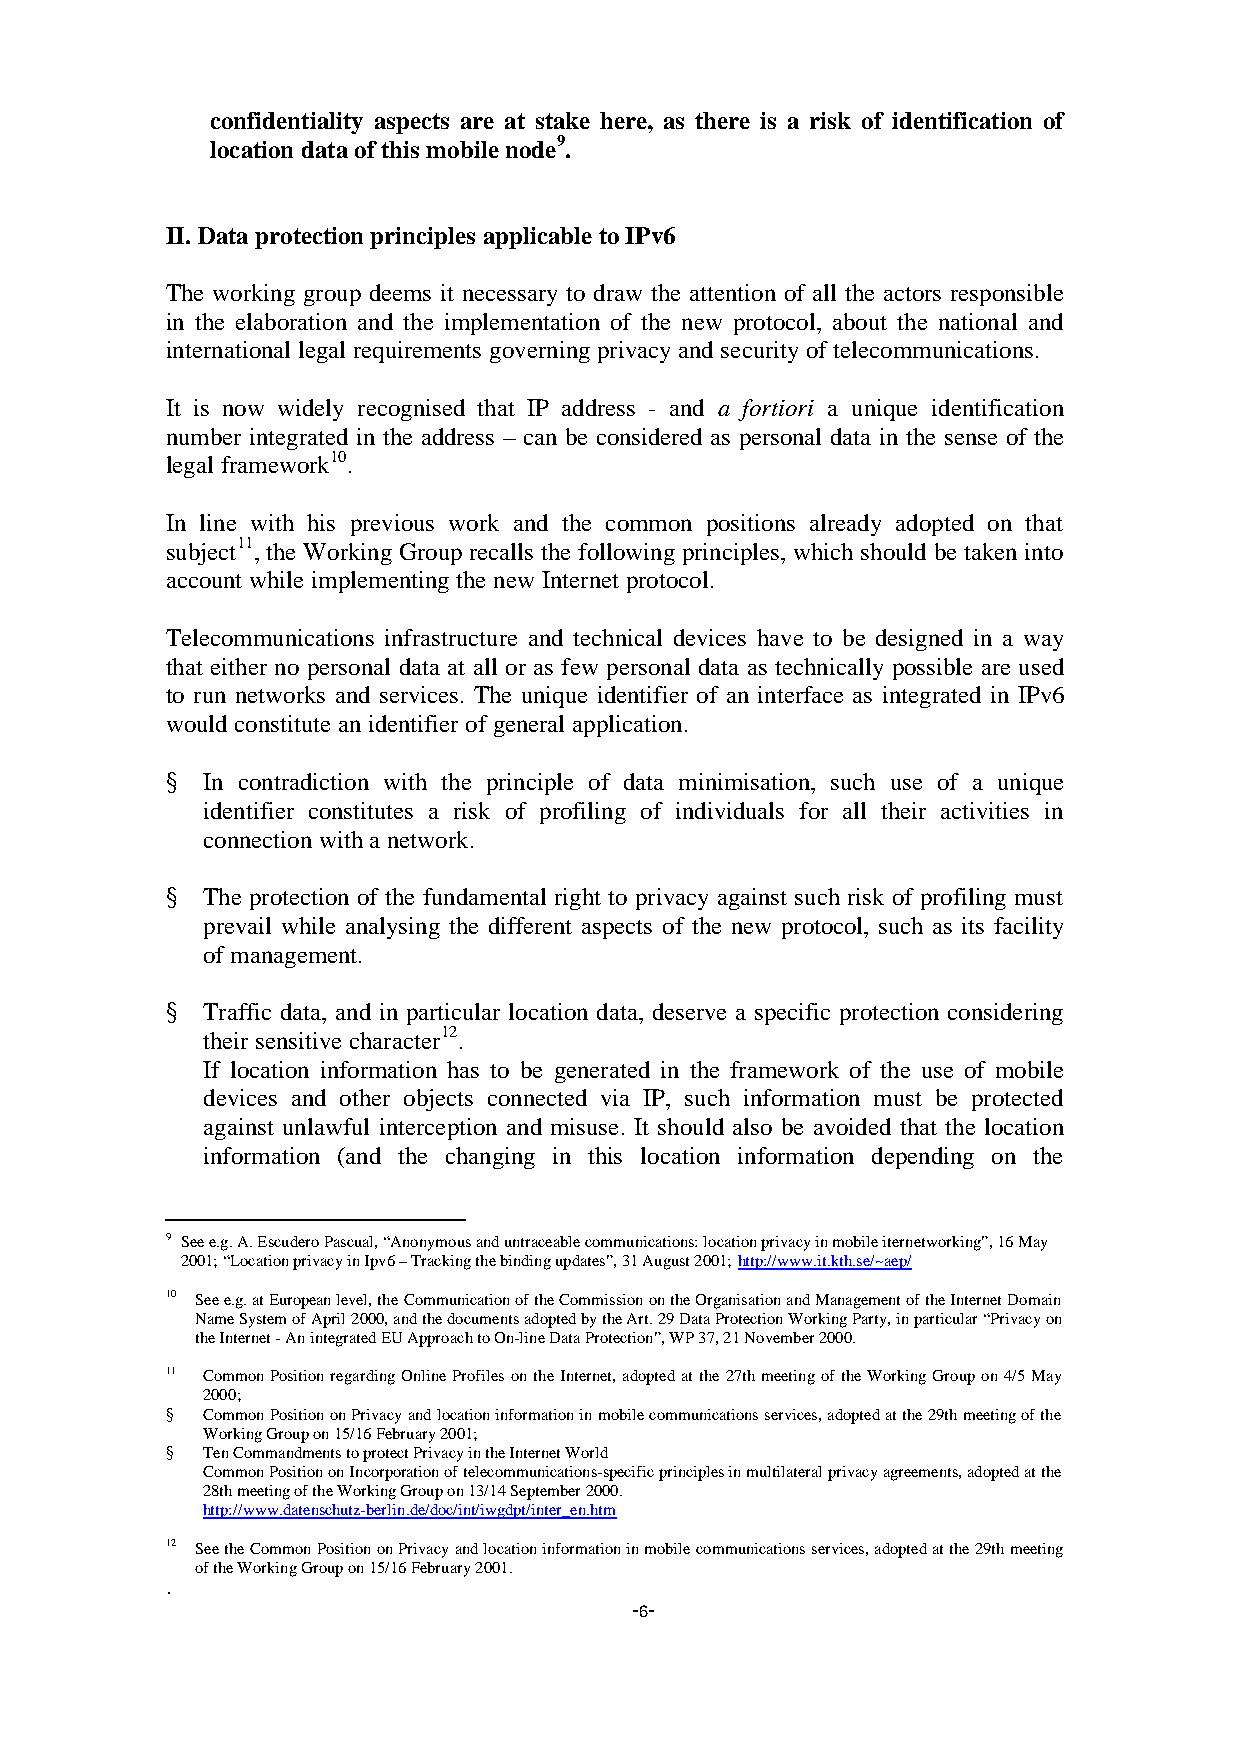
confidentiality aspects are at stake here, as there is a risk of identification of
 location data of this mobile node9.
 II. Data protection principles applicable to IPv6
 The working group deems it necessary to draw the attention of all the actors responsible
 in the elaboration and the implementation of the new protocol, about the national and
 international legal requirements governing privacy and security of telecommunications.
 It is now widely recognised that IP address - and a fortiori a unique identification
 number integrated in the address – can be considered as personal data in the sense of the
 legal framework10.
 In line with his previous work and the common positions already adopted on that
 subject11, the Working Group recalls the following principles, which should be taken into
 account while implementing the new Internet protocol.
 Telecommunications infrastructure and technical devices have to be designed in a way
 that either no personal data at all or as few personal data as technically possible are used
 to run networks and services. The unique identifier of an interface as integrated in IPv6
 would constitute an identifier of general application.
 § In contradiction with the principle of data minimisation, such use of a unique
 identifier constitutes a risk of profiling of individuals for all their activities in
 connection with a network.
 § The protection of the fundamental right to privacy against such risk of profiling must
 prevail while analysing the different aspects of the new protocol, such as its facility
 of management.
 § Traffic data, and in particular location data, deserve a specific protection considering
 their sensitive character12.
 If location information has to be generated in the framework of the use of mobile
 devices and other objects connected via IP, such information must be protected
 against unlawful interception and misuse. It should also be avoided that the location
 information (and the changing in this location information depending on the
 9 See e.g. A. Escudero Pascual, “Anonymous and untraceable communications: location privacy in mobile iternetworking”, 16 May
 2001; “Location privacy in Ipv6 – Tracking the binding updates”, 31 August 2001; http://www.it.kth.se/~aep/
 10 See e.g. at European level, the Communication of the Commission on the Organisation and Management of the Internet Domain
 Name System of April 2000, and the documents adopted by the Art. 29 Data Protection Working Party, in particular “Privacy on
 the Internet - An integrated EU Approach to On-line Data Protection”, WP 37, 21 November 2000.
 11 Common Position regarding Online Profiles on the Internet, adopted at the 27th meeting of the Working Group on 4/5 May
 2000;
 § Common Position on Privacy and location information in mobile communications services, adopted at the 29th meeting of the
 Working Group on 15/16 February 2001;
 § Ten Commandments to protect Privacy in the Internet World
 Common Position on Incorporation of telecommunications-specific principles in multilateral privacy agreements, adopted at the
 28th meeting of the Working Group on 13/14 September 2000.
 http://www.datenschutz-berlin.de/doc/int/iwgdpt/inter_en.htm
 12 See the Common Position on Privacy and location information in mobile communications services, adopted at the 29th meeting
 of the Working Group on 15/16 February 2001.
 .
 -6-